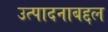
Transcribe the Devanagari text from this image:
उत्पादनाबद्दल